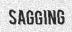
SAGGING